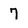
Character: 7